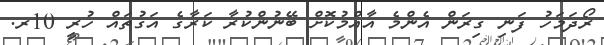
ރޯދަމަހު ފަނި ގިރަން އެންމެ އާއްމުކޮށް ބޭނުންކުރާ ކަރާގެ އަގުތައް ހުރީ 10ރ.